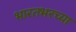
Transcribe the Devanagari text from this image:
भारतभरच्या